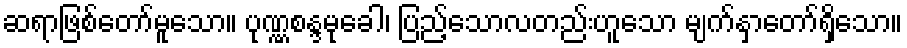
ဆရာဖြစ်တော်မူသော။ ပုဏ္ဏစန္ဒမုခေါ၊ ပြည့်သောလတည်းဟူသော မျက်နှာတော်ရှိသော။